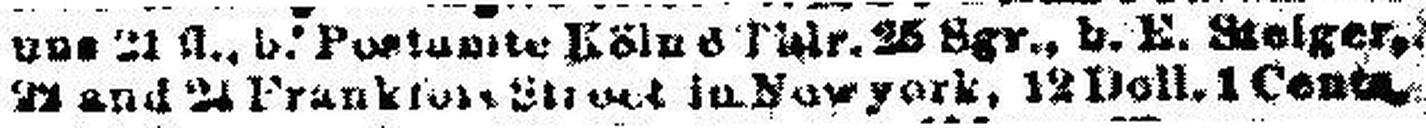
22 and 24 Frankfort Street in Newyork, 12 Doll. 1 Cent###.